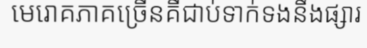
មេរោគភាគច្រើនគឺជាប់ទាក់ទងនឹងផ្សារ